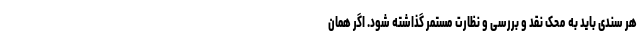
هر سندی باید به محک نقد و بررسی و نظارت مستمر گذاشته شود. اگر همان